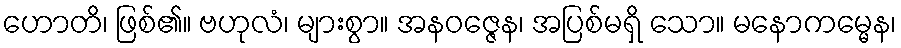
ဟောတိ၊ ဖြစ်၏။ ဗဟုလံ၊ များစွာ။ အနဝဇ္ဇေန၊ အပြစ်မရှိ သော။ မနောကမ္မေန၊